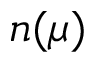
n ( \mu )